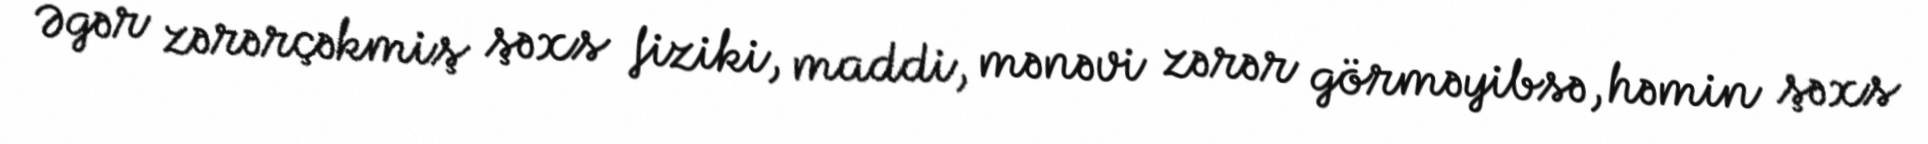
Əgər zərərçəkmiş şəxs fiziki, maddi, mənəvi zərər görməyibsə, həmin şəxs